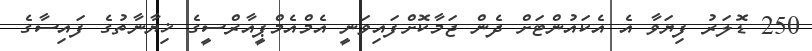
250 ޑޮލަރު ފިޔަވާ އެ އެކައުންޓަށް ދެން ޖަމާކޮށްފައިވަނީ އެމްއެމްޕީއާރްސީގެ ޚިޔާނާތުގެ ފައިސާގެ